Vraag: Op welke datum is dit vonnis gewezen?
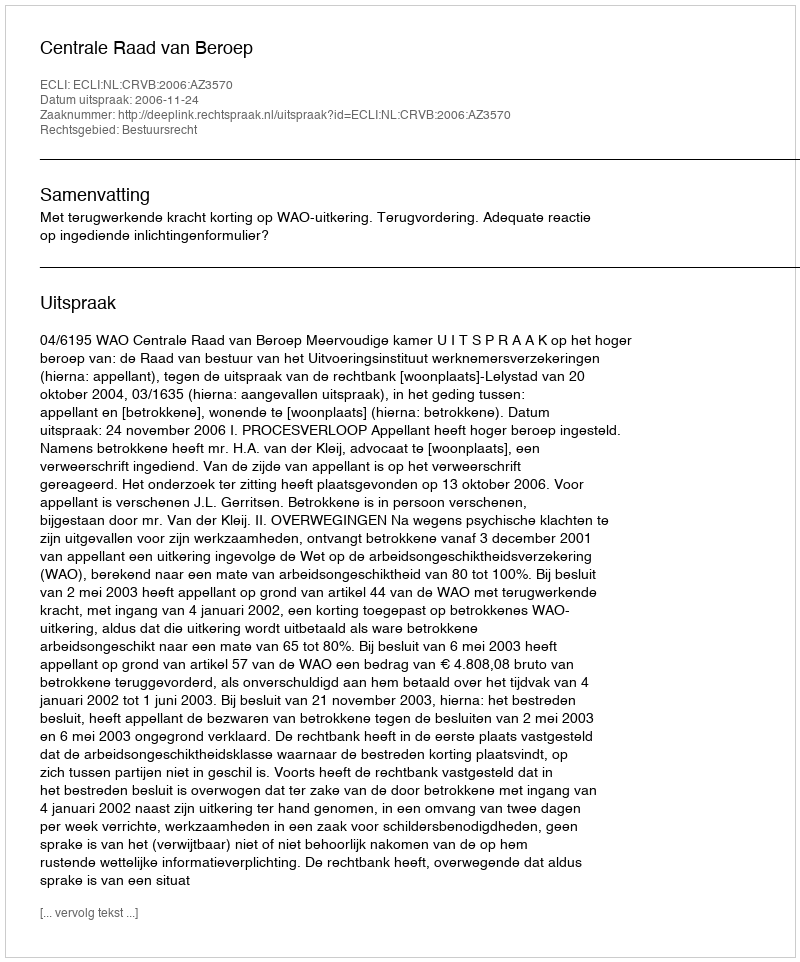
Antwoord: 2006-11-24